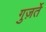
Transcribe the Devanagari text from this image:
गुज़र्ते